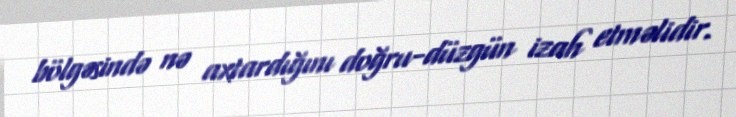
bölgəsində nə axtardığını doğru-düzgün izah etməlidir.